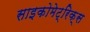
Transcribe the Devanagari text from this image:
साइकोमेट्रिक्स